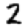
Digit: 2